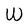
Character: W